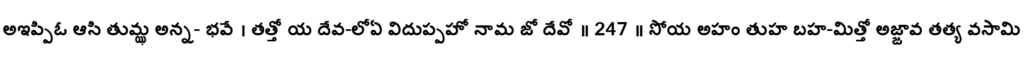
అఇప్పిఓ ఆసి తుమ్ఝ అన్న- భవే । తత్తో య దేవ-లోఏ విదుప్పహో నామ జో దేవో ॥ 247 ॥ సోయ అహం తుహ బహ-మిత్తో అజ్జావ తత్య వసామి